Civil Veterinary Dept. North-West Frontier Province 1933-46 - 1933-1946
Year: 1933
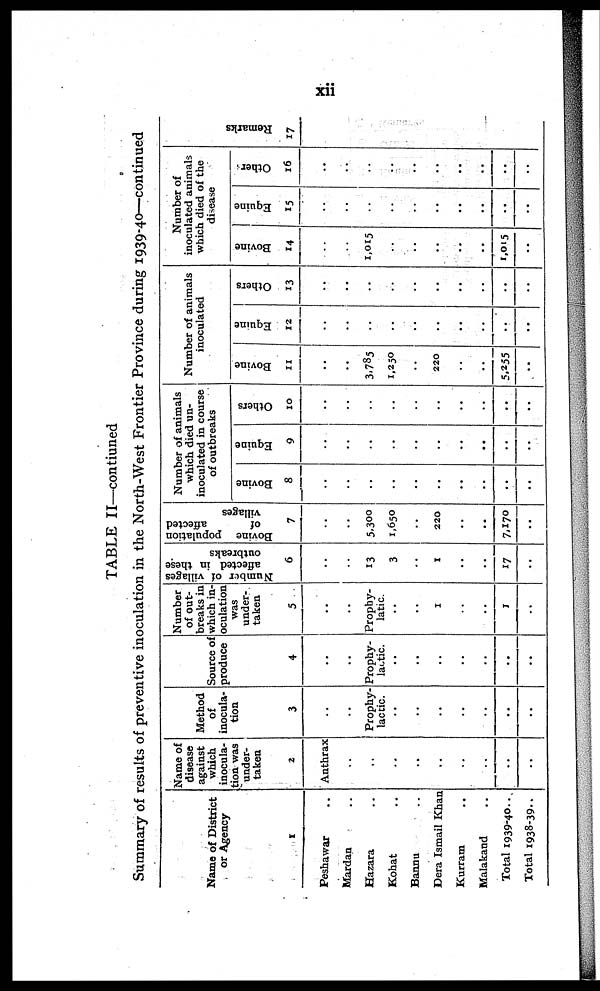
xii
TABLE II—contiuned
Summary of results of preventive inoculation in the North-West Frontier Province during 1939-40—continued
Name of District
or Agency
1
Peshawar ..
Mardan ..
Hazara ..
Kohat ..
Baanu ..
Dera Ismail Khan
Kurram ..
Malakand
..
Total 1939-40 ..
Total 1938-39 ..
Name of
disease
against
which
inocula-
tion was
under-
taken
2
Anthrax
..
..
..
..
..
..
..
..
Method
of
inocula-
tion
3
..
..
Prophy-
lactic.
..
..
..
..
..
..
..
Source of
produce
4
..
..
Prophy-
lactic.
..
..
..
..
..
..
..
Number
of out-
breaks in
which in-
oculation
was
under-
taken
5
..
..
Prophy-
latic.
..
..
1
..
..
1
..
Number of villages
affected in these
outbreaks
6
..
..
13
3
..
1
..
..
17
..
Bovine population
of
affected
villages
7
..
..
5,300
1,650
..
220
..
..
7,170
..
Number of animals
which died un-
inoculated in course
of outbreaks
Bovine
8
..
..
..
..
..
..
..
..
..
..
Equine
9
..
..
..
..
..
..
..
..
..
..
Others
10
..
..
..
..
..
..
..
..
..
..
Number of animals
inoculated
Bovine
11
..
..
3,785
1,250
..
220
..
..
5,255
..
Equine
12
..
..
..
..
..
..
..
..
..
..
Others
13
..
..
..
..
..
..
..
..
..
..
Number of
inoculated animals
which died of the
disease
Bovine
14
..
..
1,015
..
..
..
..
..
1,015
..
Equine
15
..
..
..
..
..
..
..
..
..
..
Other
16
..
..
..
..
..
..
..
..
..
..
Re ma r
ks
17